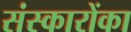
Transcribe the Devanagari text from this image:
संस्कारोंका